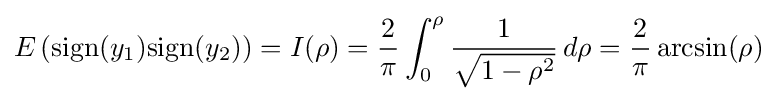
E\left({\text{sign}}(y_{1}){\text{sign}}(y_{2})\right)=I(\rho )={\frac {2}{\pi }}\int _{0}^{\rho }{\frac {1}{\sqrt {1-\rho ^{2}}}}\,d\rho ={\frac {2}{\pi }}\arcsin(\rho )